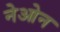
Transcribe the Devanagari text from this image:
नेओन